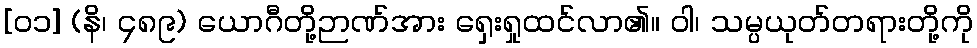
[၀၁] (နိ၊ ၄၈၉) ယောဂီတို့ဉာဏ်အား ရှေးရှုထင်လာ၏။ ဝါ၊ သမ္ပယုတ်တရားတို့ကို